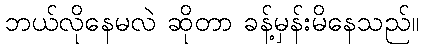
ဘယ်လိုနေမလဲ ဆိုတာ ခန့်မှန်းမိနေသည်။